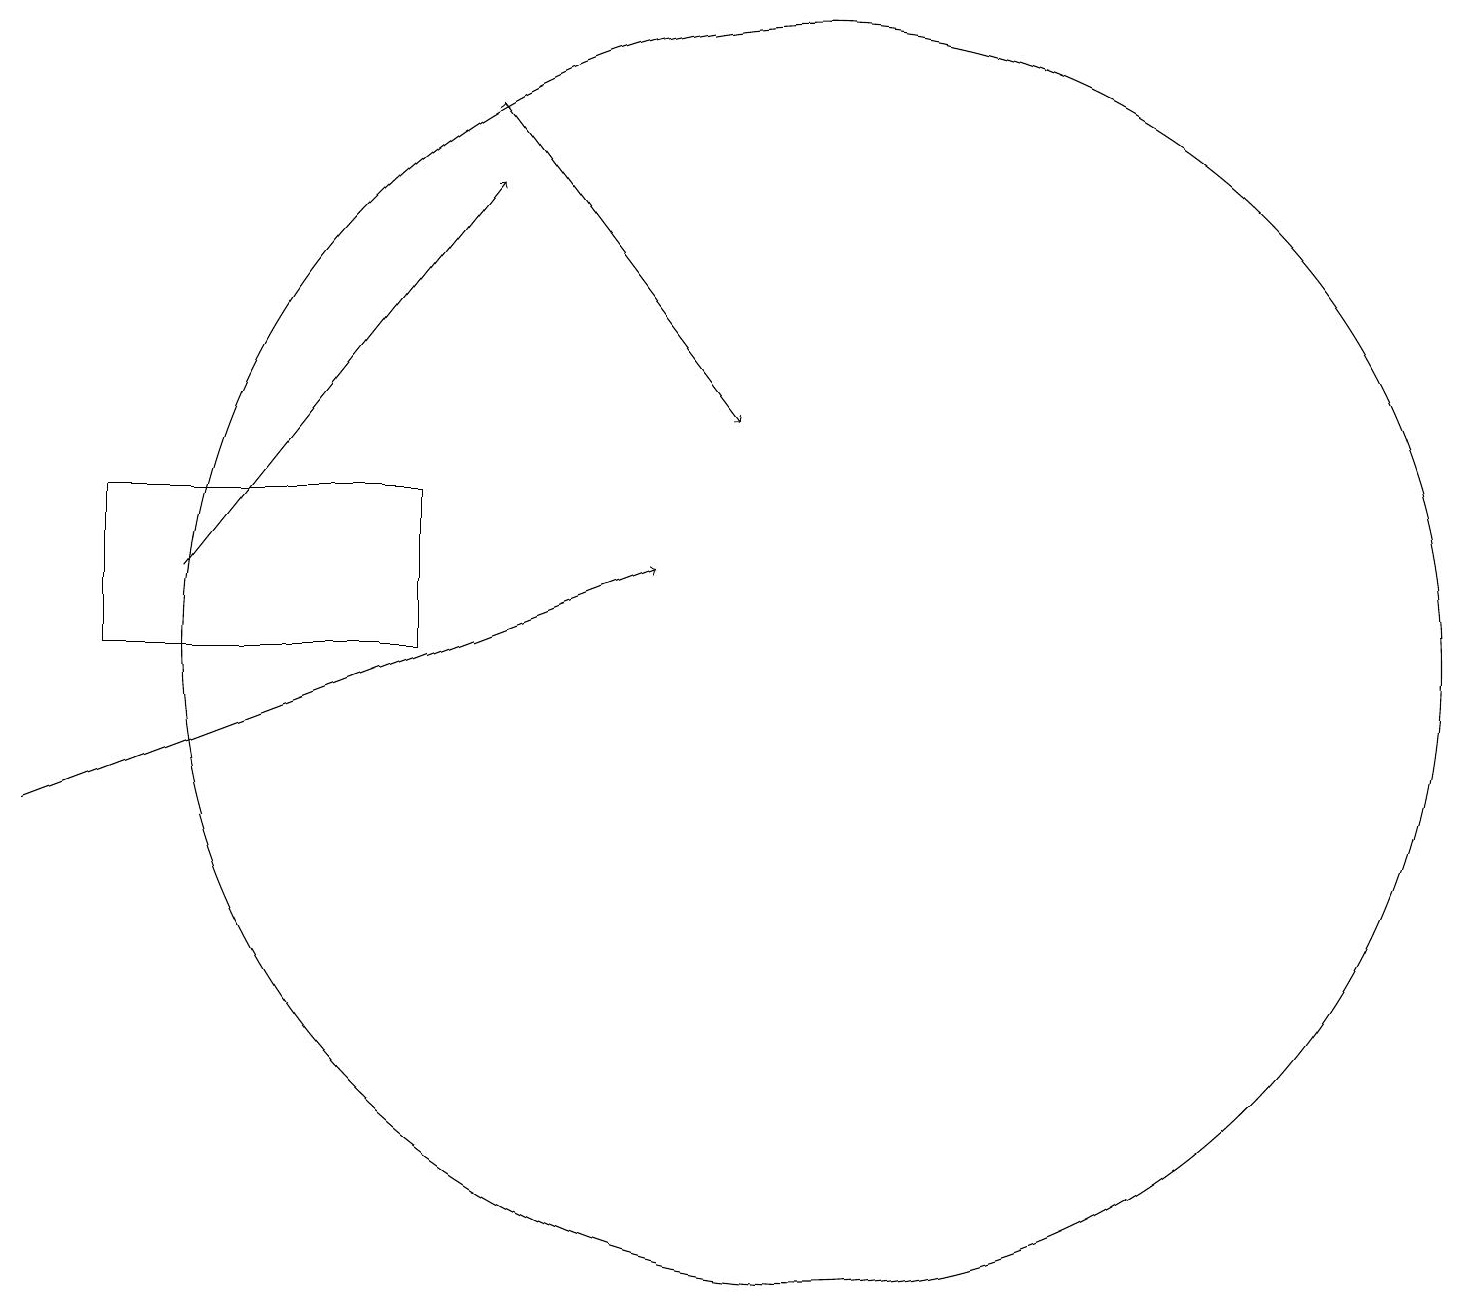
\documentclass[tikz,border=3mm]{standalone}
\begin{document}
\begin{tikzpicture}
\draw (1,14) rectangle (5,12);
\draw[->] (0,10) -- (8,13);
\draw[->] (6,19) -- (6,19);
\draw[->] (6,19) -- (9,15);
\draw[->] (2,13) -- (6,18);
\draw (10,12) circle (8);
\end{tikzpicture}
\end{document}